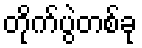
တိုက်ပွဲတစ်ခု